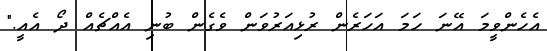
އެހެންވީމަ އޭނަ ހަމަ އަހަރެން ރުޅިއަރުވަން ވެގެން ބުނި އެއްޗެއް ދޯ އެއީ."